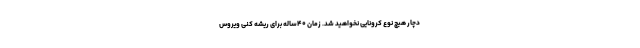
دچار هیچ نوع کرونایی نخواهید شد. زمان ۴۰ساله برای ریشه کنی ویروس